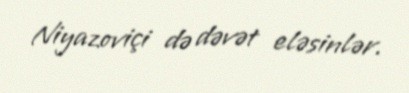
Niyazoviçi də dəvət eləsinlər.